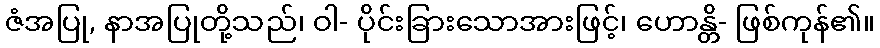
ဇံအပြု, နာအပြုတို့သည်၊ ဝါ- ပိုင်းခြားသောအားဖြင့်၊ ဟောန္တိ- ဖြစ်ကုန်၏။